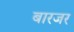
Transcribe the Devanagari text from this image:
बारजर